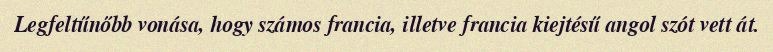
Legfeltűnőbb vonása, hogy számos francia, illetve francia kiejtésű angol szót vett át.